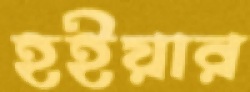
হইয়ার